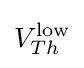
V_{Th}^{\mathrm {low} }